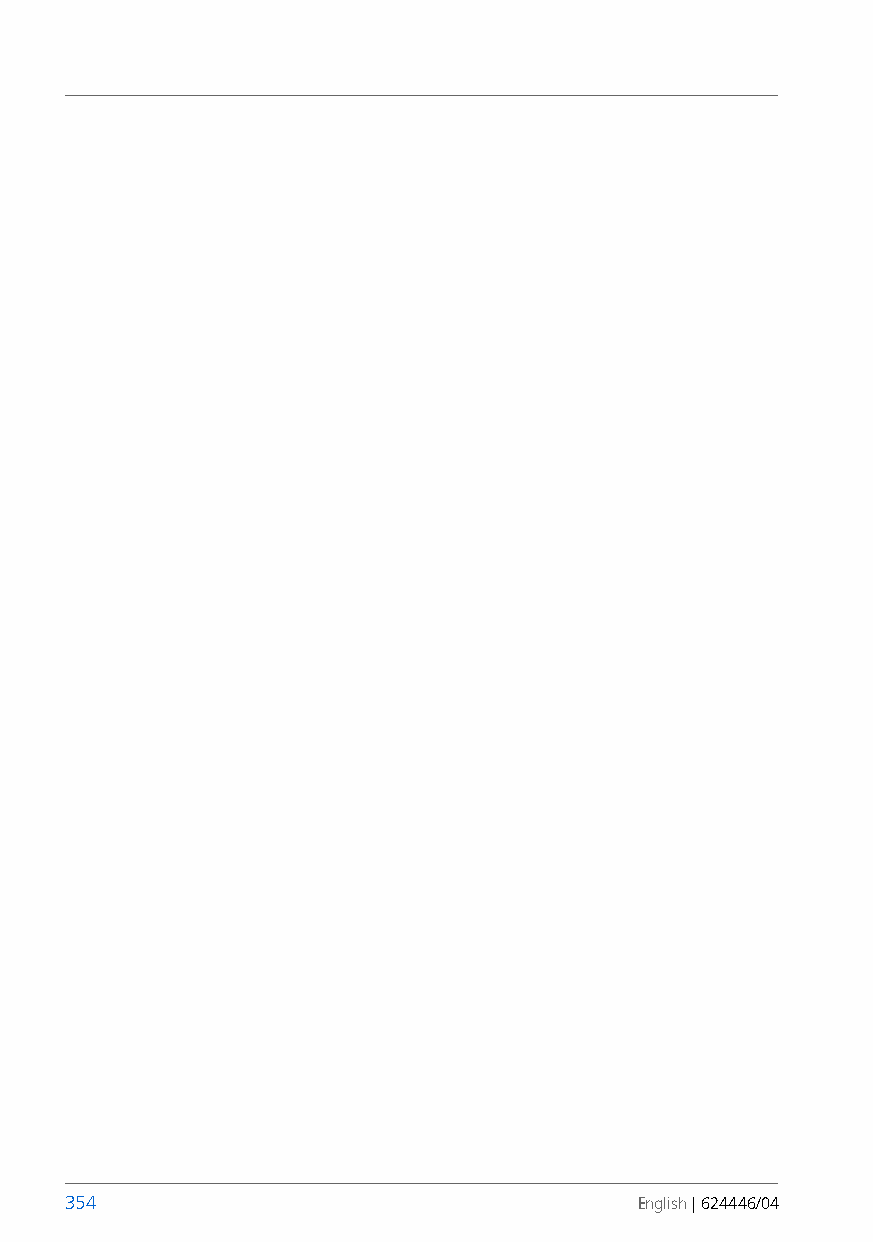
354                                   English | 624446/04